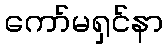
ကော်မရှင်နာ